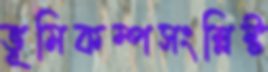
ভূমিকম্পসংশ্লিষ্ট